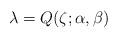
LaTeX: \begin{align*}\lambda=Q(\zeta;\alpha,\beta)\end{align*}